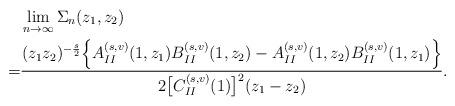
LaTeX: \begin{align*} & \lim_{n \to \infty} \Sigma_n( z_1, z_2) \\ = & \frac{(z_1z_2)^{-\frac{s}{2}} \Big\{A_{II}^{(s,v)}(1, z_1) B_{II}^{(s,v)}(1, z_2) - A_{II}^{(s,v)}(1, z_2) B_{II}^{(s,v)}(1, z_1)\Big\} }{2 \big[C_{II}^{(s,v)} (1)\big]^2 ( z_1 - z_2) }.\end{align*}